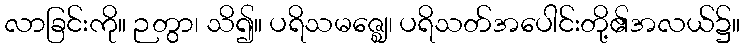
လာခြင်းကို။ ဉတွာ၊ သိ၍။ ပရိသမဇ္ဈေ၊ ပရိသတ်အပေါင်းတို့၏အလယ်၌။